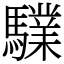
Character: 驜